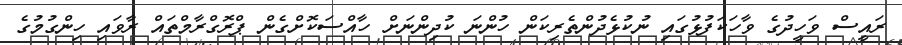
ރައީސް ވަހީދުގެ ވާހަކަފުޅުގައި ނުކުޅެދުންތެރިކަން ހުންނަ ކުދިންނަށް ހާއްސަކޮށްގެން ޕްރޮގްރާމްތައް ރާވައި ހިންގުމުގެ